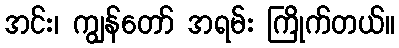
အင်း၊ ကျွန်တော် အရမ်း ကြိုက်တယ်။